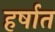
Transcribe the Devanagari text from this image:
हर्षात